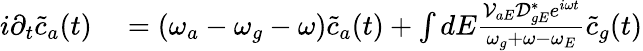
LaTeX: \begin{array}{rl}{i\partial_{t}\tilde{c}_{a}(t)}&{{}=(\omega_{a}-\omega_{g}-\omega)\tilde{c}_{a}(t)+\int{dE\frac{\mathcal{V}_{aE}\mathcal{D}_{gE}^{*}e^{i\omega t}}{\omega_{g}+\omega-\omega_{E}}\tilde{c}_{g}(t)}}\end{array}